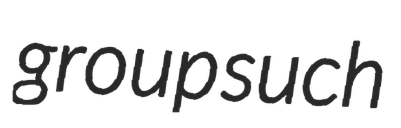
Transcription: group such